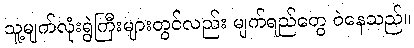
သူ့မျက်လုံးရွဲကြီးများတွင်လည်း မျက်ရည်တွေ ဝဲနေသည်။